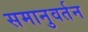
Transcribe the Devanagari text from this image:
समानुवर्तन